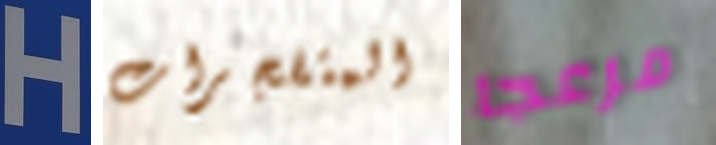
H المتفجرات مزعجا